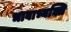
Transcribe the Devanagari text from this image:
भावाभ्यक्ति